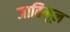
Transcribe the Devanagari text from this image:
जातिमूल